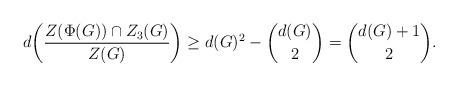
LaTeX: \begin{align*}d\bigg(\frac{Z(\Phi(G))\cap Z_3(G)}{Z(G)}\bigg)\ge d(G)^2-{{d(G)}\choose{2}}= {{d(G)+1}\choose{2}}.\end{align*}